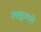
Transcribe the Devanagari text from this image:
लक्षण्यो